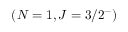
( N = 1 , J = 3 / 2 ^ { - } )